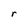
Character: r